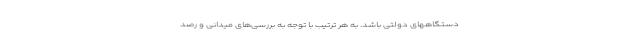
دستگاههای دولتی باشد. به هر ترتیب با توجه به بررسی‌های میدانی و رصد